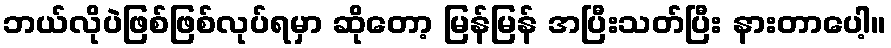
ဘယ်လိုပဲဖြစ်ဖြစ်လုပ်ရမှာ ဆိုတော့ မြန်မြန် အပြီးသတ်ပြီး နားတာပေါ့။